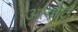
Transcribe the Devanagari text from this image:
अस्फोटी